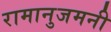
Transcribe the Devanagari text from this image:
रामानुजमनी